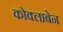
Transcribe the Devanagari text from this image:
कोक्लाबेन